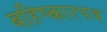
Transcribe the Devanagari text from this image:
बहिष्कारपत्र